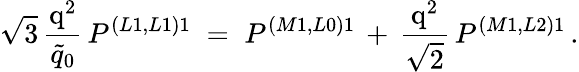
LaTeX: \sqrt{3}\, {\frac{\mathrm{q^{2}}}{\tilde{q}_{0}}}\, P^{\left(L1,L1\right)1}\; =\; P^{\left(M1,L0\right)1}\, +\, {\frac{\mathrm{q^{2}}}{\sqrt{2}}}\, P^{\left(M1,L2\right)1}\, .